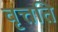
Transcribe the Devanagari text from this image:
वृत्तति